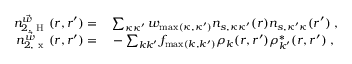
\begin{array} { r l } { n _ { 2 , \mathrm { ~ H ~ } } ^ { \vec { w } } ( \boldsymbol { r } , \boldsymbol { r } ^ { \prime } ) = } & { { } \sum _ { \kappa \kappa ^ { \prime } } w _ { \operatorname* { m a x } ( \kappa , \kappa ^ { \prime } ) } n _ { s , \kappa \kappa ^ { \prime } } ( \boldsymbol { r } ) n _ { s , \kappa ^ { \prime } \kappa } ( \boldsymbol { r } ^ { \prime } ) \; , } \\ { n _ { 2 , \mathrm { ~ x ~ } } ^ { \vec { w } } ( \boldsymbol { r } , \boldsymbol { r } ^ { \prime } ) = } & { { } - \sum _ { k k ^ { \prime } } f _ { \operatorname* { m a x } ( k , k ^ { \prime } ) } \rho _ { k } ( \boldsymbol { r } , \boldsymbol { r } ^ { \prime } ) \rho _ { k ^ { \prime } } ^ { * } ( \boldsymbol { r } , \boldsymbol { r } ^ { \prime } ) \; , } \end{array}